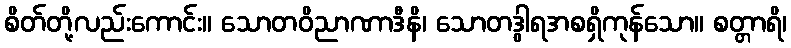
စိတ်တို့လည်းကောင်း။ သောတဝိညာဏာဒီနိ၊ သောတဒွါရအစရှိကုန်သော။ စတ္တာရိ၊